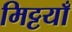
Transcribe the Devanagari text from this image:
मिट्टयाँ